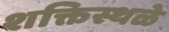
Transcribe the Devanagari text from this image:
शक्तिस्थळे